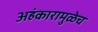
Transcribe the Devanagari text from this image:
अहंकारामुळेच